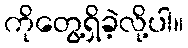
ကိုတွေ့ရှိခဲ့လို့ပါ။